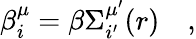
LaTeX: \beta_{i}^{\mu}=\beta\Sigma_{i^{\prime}}^{\mu^{\prime}}(r)\quad,